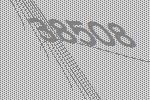
38508